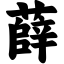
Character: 薛